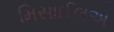
મિસાઈલએ